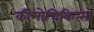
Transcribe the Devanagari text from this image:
कीमोचिकित्सा